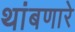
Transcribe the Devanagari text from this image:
थांबणारे